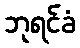
ဘုရင်ခံ